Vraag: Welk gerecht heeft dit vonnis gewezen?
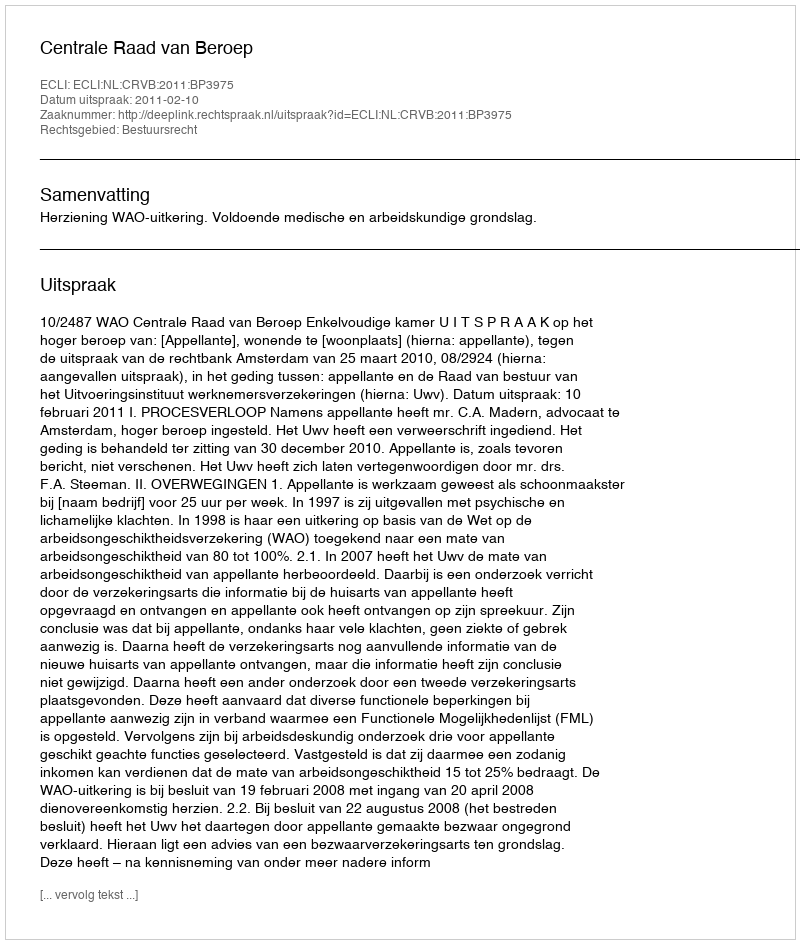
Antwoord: Centrale Raad van Beroep